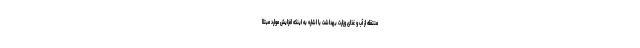
منتقله از آب و غذای وزارت بهداشت با اشاره به اینکه افزایش موارد مبتلا